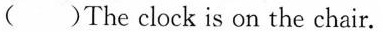
()The clock is on the chair.